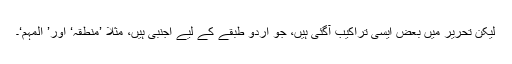
لیکن تحریر میں بعض ایسی تراکیب آگئی ہیں، جو اردو طبقے کے لیے اجنبی ہیں، مثلا ’منطقہ‘ اور’ المہم‘۔